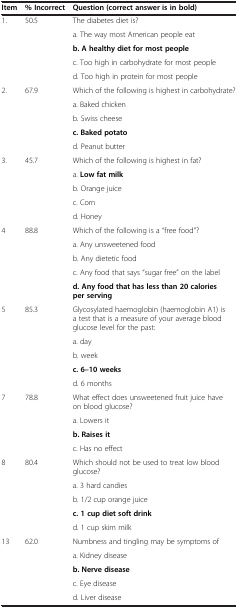
| Item | % Incorrect | Question (correct answer is in bold) |
 | --- | --- | --- |
 | <ROWSPAN=5> 1. | <ROWSPAN=5> 50.5 | The diabetes diet is? |
 | a. The way most American people eat |
 | b. A healthy diet for most people |
 | c. Too high in carbohydrate for most people |
 | d. Too high in protein for most people |
 | <ROWSPAN=5> 2. | <ROWSPAN=5> 67.9 | Which of the following is highest in carbohydrate? |
 | a. Baked chicken |
 | b. Swiss cheese |
 | c. Baked potato |
 | d. Peanut butter |
 | <ROWSPAN=5> 3. | <ROWSPAN=5> 45.7 | Which of the following is highest in fat? |
 | a. Low fat milk |
 | b. Orange juice |
 | c. Corn |
 | d. Honey |
 | <ROWSPAN=5> 4 | <ROWSPAN=5> 88.8 | Which of the following is a “free food”? |
 | a. Any unsweetened food |
 | b. Any dietetic food |
 | c. Any food that says “sugar free” on the label |
 | d. Any food that has less than 20 calories per serving |
 | <ROWSPAN=5> 5 | <ROWSPAN=5> 85.3 | Glycosylated haemoglobin (haemoglobin A1) is a test that is a measure of your average blood glucose level for the past: |
 | a. day |
 | b. week |
 | c. 6–10 weeks |
 | d. 6 months |
 | <ROWSPAN=4> 7 | <ROWSPAN=4> 78.8 | What effect does unsweetened fruit juice have on blood glucose? |
 | a. Lowers it |
 | b. Raises it |
 | c. Has no effect |
 | <ROWSPAN=5> 8 | <ROWSPAN=5> 80.4 | Which should not be used to treat low blood glucose? |
 | a. 3 hard candies |
 | b. 1/2 cup orange juice |
 | c. 1 cup diet soft drink |
 | d. 1 cup skim milk |
 | <ROWSPAN=5> 13 | <ROWSPAN=5> 62.0 | Numbness and tingling may be symptoms of |
 | a. Kidney disease |
 | b. Nerve disease |
 | c. Eye disease |
 | d. Liver disease |